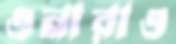
ওনারাও